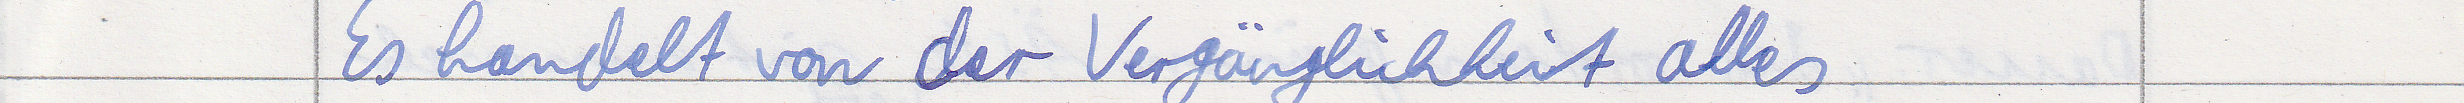
Es handelt von der Vergänglichkeit alles